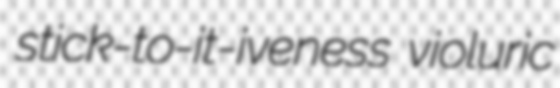
stick-to-it-iveness violuric